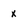
Character: x